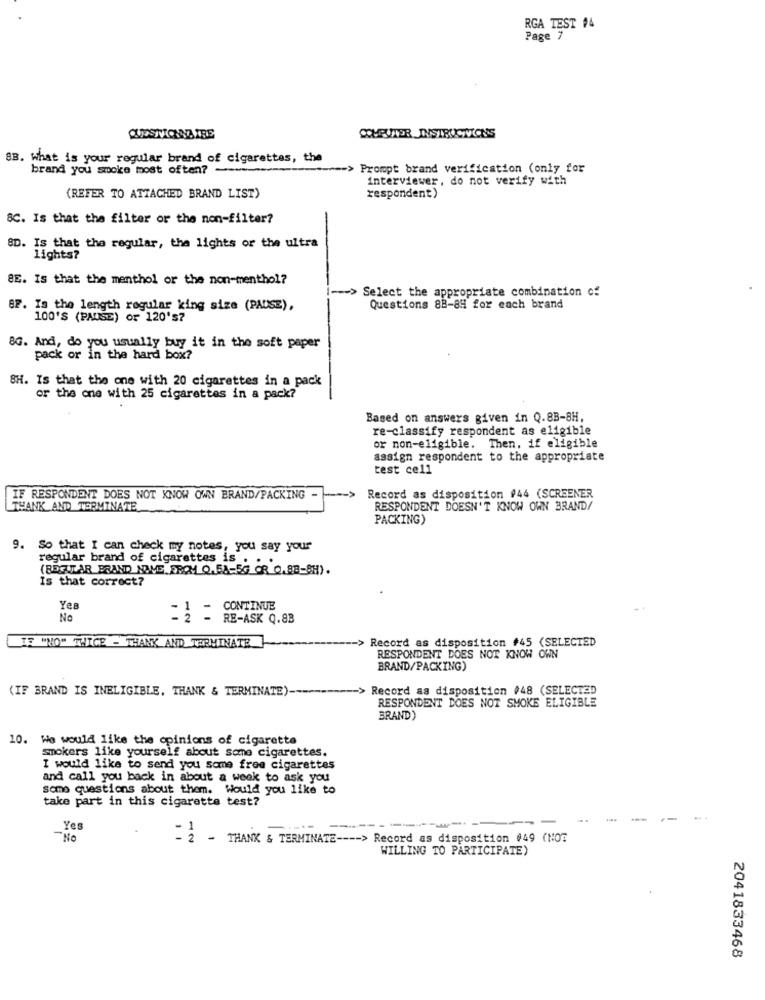
RGA TEST #4
Page 7
QUESTIONNAIRE
COMPUTER INSTRUCTVCN'S
88. What is your regular brand of cigarettes, the
brand you smoke most often? -
--- > Prompt brand verification (only for
interviewer, do not verify with
(REFER TO ATTACHED BRAND LIST)
respondent)
8C. Is that the filter or the non-filter?
SD. Is that the regular, the lights or the ultra
lights?
8E. IS that the menthol or the non-menthol?
-- > Select the appropriate combination of
BP. Is the length regular king size (PAUSE),
Questions 88-84 for each brand
100'S (PAUSE) or 120's?
8G. And, do you usually buy it in the soft paper
pack or in the hard box?
8H. Is that the one with 20 cigarettes in a pack
or the one with 25 cigarettes in a pack?
Based on answers given in Q.8B-8H.
re-classify respondent as eligible
or non-eligible. Then. if eligible
assign respondent to the appropriate
test cell
IF RESPONDENT DOES NOT KNOW OWN BRAND/PACKING -
Record as disposition #44 (SCREENER
THANK AND TERMINATE
RESPONDENT DOESN'T KNOW OWN BRAND/
PACKING)
9.
So that I can check my notes, you say your
regular brand of cigarettes is
(REGULAR BRAND NAME FROM Q. SA-5G OR C.BB-SH) .
Is that correct?
Yes
CONTINUE
No
=2 = 1
RE-ASK Q.83
Record as disposition #45 (SELECTED
TE WHO" WITCE - THANK AND TERMINATE
RESPONDENT DOES NOT KNOW OWN
BRAND/PACKING)
(IF BRAND IS INELIGIBLE. THANK & TERMINATE).
-> Record as disposition #48 (SELECTED
RESPONDENT DOES NOT SMOKE ELIGIBLE
BRAND)
10. We would like the opinions of cigarette
smokers like yourself about some cigarettes.
I would like to send you some free cigarettes
and call you back in about a week to ask you
some questions about them. Would you like to
take part in this cigarette test?
..
-
Yes
No
- 2 - THANK & TERMINATE ---- > Record as disposition 049 (NOT
WILLING TO PARTICIPATE)
2041833468